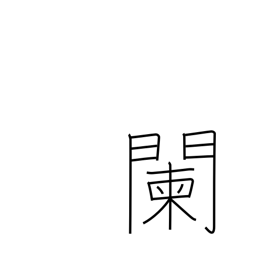
Meaning: be well along